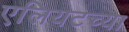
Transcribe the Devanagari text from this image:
एलियटच्या